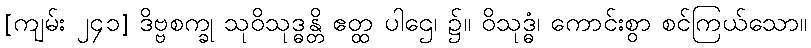
[ကျမ်း ၂၄၁] ဒိဗ္ဗစက္ခု သုဝိသုဒ္ဓန္တိ ဧတ္ထ ပါဌေ၊ ၌။ ဝိသုဒ္ဓံ၊ ကောင်းစွာ စင်ကြယ်သော။